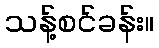
သန့်စင်ခန်း။